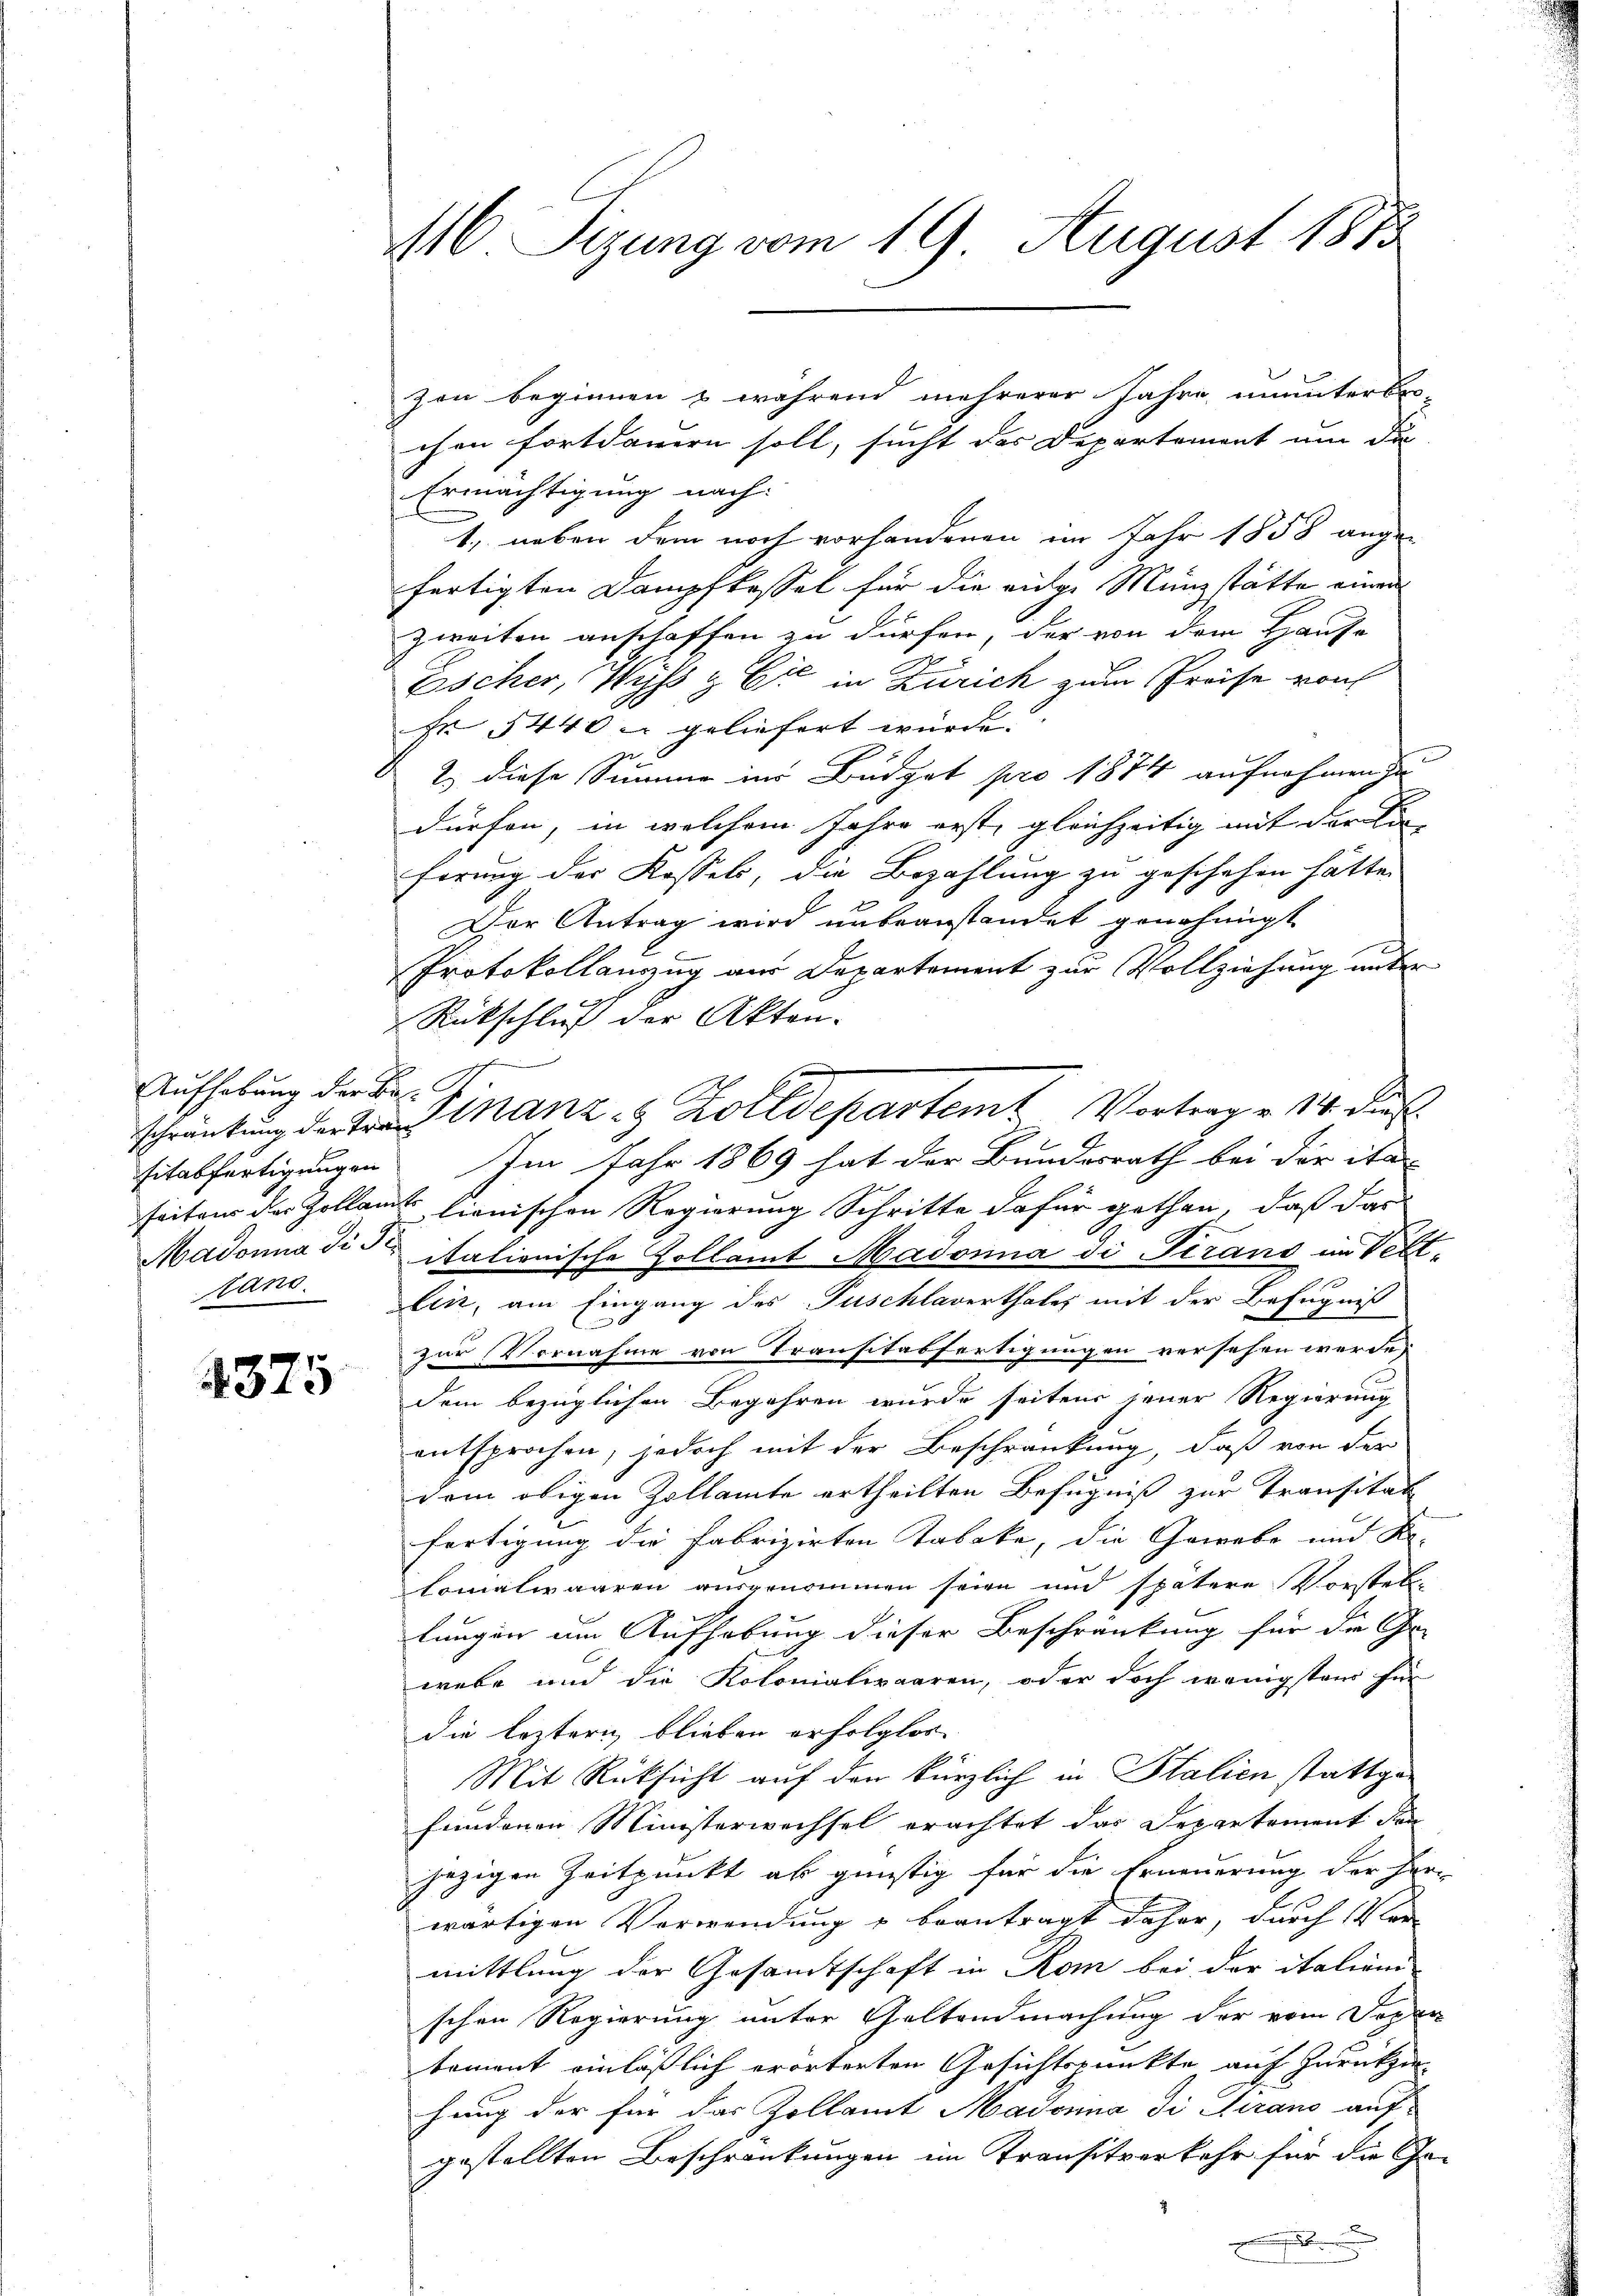
Aufhebung der Belans.

4375

116 Sezung vom 19. August 1813

zen beginnen & während mehrerer Jahre ununterbe-
chen fortdauern soll, sucht das Departement um die
Ermächtigung nach
1., neben dem noch vorhandenen im Jahr 1858 ange-
fertigten Dampfkassel für die vidige Münzstätte einen
zweiten anschaffen zu dürfen, der von dem Hause
Escher, Wyß & Cie in Zürich zum Preise von
fr 1440 u geliefert wurde.
2.) diese Summe ins Budget pro 1874 aufnahmen zu
dürfen, in welchem Jahre erst, gleichzeitig mit der Ein- |
ferung der Kassel, die Bezahlung zu geschehen hätte.
Der Antrag wird unbeanstandet genehmigt
Protokollanzug aus Departement zur Vollziehung unter
Rückschluß der Akten.
sitabfertigungen. Im Jahr 1869 hat der Bundesrath bei der ita
seitens des Zollamt lionischen Regierung Schritte dafür gethan, daß das
Madonna dis italionische Zollamt Madonna di Strano im Veltlin, am Eingang des Puschlaverthales mit der Befugniß
zur Vornahme von Transtabfertigungen versehen werde,
Dem bezüglichen Begehren wurde seitens jener Regierung
entsprochen, jedoch mit der Beschränkung, daß von der
dem obigen Zollamte ertheilten Befugniß zur Transität
fertigung die Fabrizirten Tabake, die Gewebe und Re-
lomalwaaren ausgenommen seien und spätere Vorstell-
lungen um Aufhebung dieser Beschränkung für die Ge-
webe und die Kolonialwaaren, oder doch wenigstens für
die leztern blieben erfolglos
Mit Rücksicht auf den kürzlich in Italien stattgehundenen Ministerwechsel erachtet das Departement den
jezigen Zeitpunkt ab günstig für die Erneuerung der Her-
wärtigen Verwendung u beantragt daher, durch 14ten
mittlung der Gesamtschaft in Rom bei der italien-
schen Regierung unter Geltendmachung der vom Depar
tement einläßlich erörterten Gesichtspunkte auf zurückzin-
hung der für das Zollamt Madonna di Trans auf
gestellten Beschränkungen im Transitverkehr für die Ge-
.

schränkung der tres Manz - Zolldepartemt Vortrag u. 14. dies